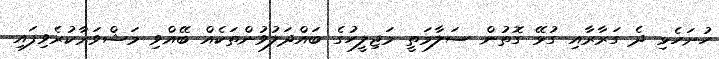
ހުށަހެޅި ދެ ގަރާރާއި ގުޅޭ ގޮތުން ސަލާމަތީ މަޖިލީހުގެ ބައްދަލުވުންތަކެއް ބޭއްވި މަޝްވަރާކުރެވިފައި